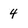
Character: 4